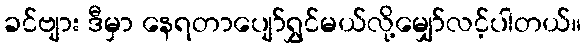
ခင်ဗျား ဒီမှာ နေရတာပျော်ရွှင်မယ်လို့မျှော်လင့်ပါတယ်။